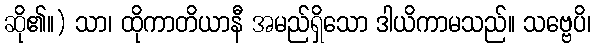
ဆို၏။) သာ၊ ထိုကာတိယာနီ အမည်ရှိသော ဒါယိကာမသည်။ သဗ္ဗေပိ၊